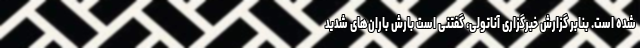
شده است. بنابر گزارش خبرگزاری آناتولی، گفتنی است بارش باران‌های شدید